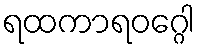
ရထကာရဝဂ္ဂေါ